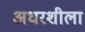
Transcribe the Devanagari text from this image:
अधरशीला